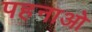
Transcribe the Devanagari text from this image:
पहनाओ